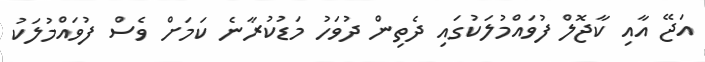
އަޖޭ އާއި ކާޖޮލް ފުވައްމުލަކުގައި ދެތިން ދުވަހު މަޑުކުރާނެ ކަމަށް ވެސް ފުވައްމުލަކު